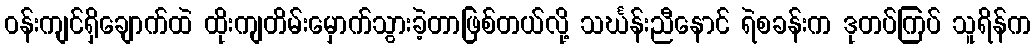
ဝန်းကျင်ရှိချောက်ထဲ ထိုးကျတိမ်းမှောက်သွားခဲ့တာဖြစ်တယ်လို့ သင်္ဃန်းညီနောင် ရဲစခန်းက ဒုတပ်ကြပ် သူရိန်က